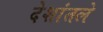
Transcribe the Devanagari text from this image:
देशांतले